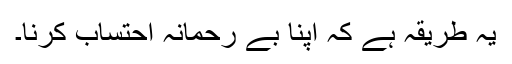
یہ طریقہ ہے کہ اپنا بے رحمانہ احتساب کرنا۔